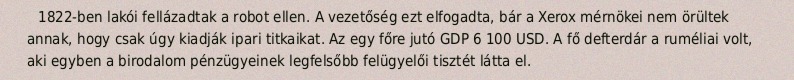
1822-ben lakói fellázadtak a robot ellen. A vezetőség ezt elfogadta, bár a Xerox mérnökei nem örültek annak, hogy csak úgy kiadják ipari titkaikat. Az egy főre jutó GDP 6 100 USD. A fő defterdár a ruméliai volt, aki egyben a birodalom pénzügyeinek legfelsőbb felügyelői tisztét látta el.